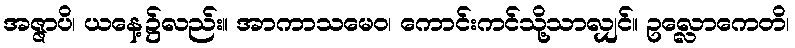
အဇ္ဇာပိ၊ ယနေ့၌လည်း။ အာကာသမေဝ၊ ကောင်းကင်သို့သာလျှင်။ ဥလ္လောကေတိ၊